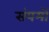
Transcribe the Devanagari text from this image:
संयमों